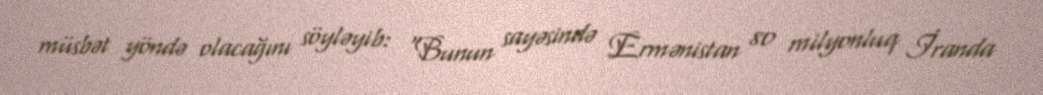
müsbət yöndə olacağını söyləyib: “Bunun sayəsində Ermənistan 80 milyonluq İranda